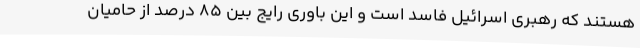
هستند که رهبری اسرائیل فاسد است و این باوری رایج بین 85 درصد از حامیان